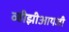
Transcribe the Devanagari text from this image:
व्हीझीआयजी